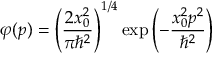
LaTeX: \varphi ( p ) = \left( { \frac { 2 x _ { 0 } ^ { 2 } } { \pi \hbar ^ { 2 } } } \right) ^ { 1 / 4 } \exp { \left( - { \frac { x _ { 0 } ^ { 2 } p ^ { 2 } } { \hbar ^ { 2 } } } \right) }